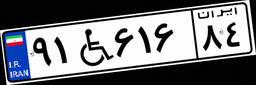
۳۲W۸۹۷۶۲